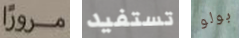
مروراً تستفيد بولو